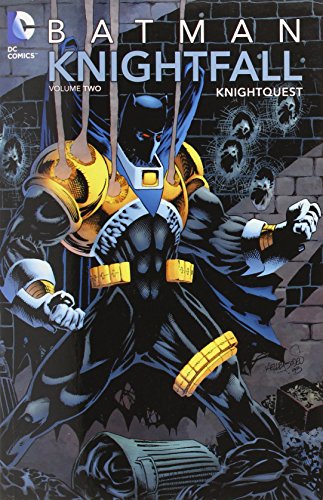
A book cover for Batman: Knightfall, Vol. 2: Knightquest; Chuck Dixon; Comics & Graphic Novels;